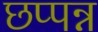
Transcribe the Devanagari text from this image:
छप्पन्न